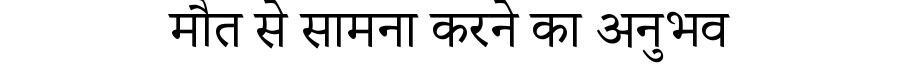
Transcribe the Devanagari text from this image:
मौत से सामना करने का अनुभव